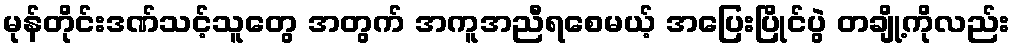
မုန်တိုင်းဒဏ်သင့်သူတွေ အတွက် အကူအညီရစေမယ့် အပြေးပြိုင်ပွဲ တချို့ကိုလည်း